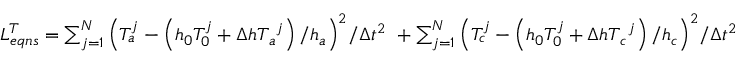
\begin{array} { r } { L _ { e q n s } ^ { T } = \sum _ { j = 1 } ^ { N } { { { \left( { T } _ { a } ^ { j } - \left( { h } _ { 0 } { T } _ { 0 } ^ { j } + \Delta { { h T } _ { a } } ^ { j } \right) / { { h } _ { a } } \right) } ^ { 2 } } / \Delta { { t } ^ { 2 } } } \ + \sum _ { j = 1 } ^ { N } { { { \left( { T } _ { c } ^ { j } - \left( { h } _ { 0 } { T } _ { 0 } ^ { j } + \Delta { { h T } _ { c } } ^ { j } \right) / { { h } _ { c } } \right) } ^ { 2 } } / \Delta { { t } ^ { 2 } } } \ } \end{array}